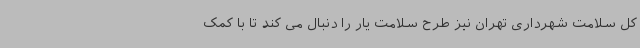
کل سلامت شهرداری تهران نیز طرح سلامت یار را دنبال می کند تا با کمک